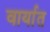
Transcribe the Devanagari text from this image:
वार्यात